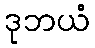
ဒုဘယံ